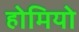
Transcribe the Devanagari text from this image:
होमियो